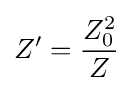
Z'={\frac {Z_{0}^{2}}{Z}}